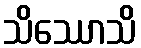
သိဿောသိ